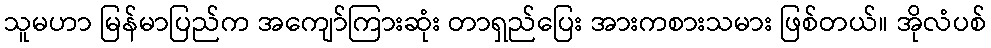
သူမဟာ မြန်မာပြည်က အကျော်ကြားဆုံး တာရှည်ပြေး အားကစားသမား ဖြစ်တယ်။ အိုလံပစ်